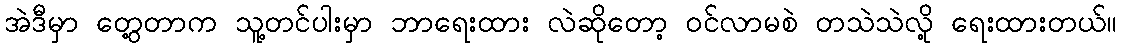
အဲဒီမှာ တွေ့တာက သူ့တင်ပါးမှာ ဘာရေးထား လဲဆိုတော့ ဝင်လာမစဲ တသဲသဲလို့ ရေးထားတယ်။